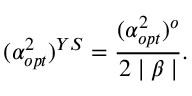
( \alpha _ { o p t } ^ { 2 } ) ^ { Y S } = \frac { ( \alpha _ { o p t } ^ { 2 } ) ^ { o } } { 2 \mid \beta \mid } .